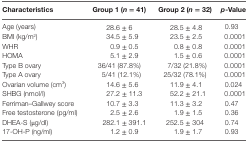
<table><thead><tr><td><b>Characteristics</b></td><td><b>Group 1 (<i>n</i> = 41)</b></td><td><b>Group 2 (<i>n</i> = 32)</b></td><td><b><i>p</i>-Value</b></td></tr></thead><tbody><tr><td>Age (years)</td><td>28.6 ± 6</td><td>28.5 ± 4.8</td><td>0.93</td></tr><tr><td>BMI (kg/m<sup>2</sup>)</td><td>34.5 ± 5.9</td><td>23.5 ± 2.5</td><td>0.0001</td></tr><tr><td>WHR</td><td>0.9 ± 0.5</td><td>0.8 ± 0.8</td><td>0.0001</td></tr><tr><td>HOMA</td><td>5.1 ± 2.9</td><td>1.5 ± 0.6</td><td>0.0001</td></tr><tr><td>Type B ovary</td><td>36/41 (87.8%)</td><td>7/32 (21.8%)</td><td>0.0001</td></tr><tr><td>Type A ovary</td><td>5/41 (12.1%)</td><td>25/32 (78.1%)</td><td>0.0001</td></tr><tr><td>Ovarian volume (cm<sup>3</sup>)</td><td>14.6 ± 5.6</td><td>11.9 ± 4.1</td><td>0.024</td></tr><tr><td>SHBG (nmol/l)</td><td>27.2 ± 11.3</td><td>52.2 ± 21.1</td><td>0.0001</td></tr><tr><td>Ferriman–Gallwey score</td><td>10.7 ± 3.3</td><td>11.3 ± 3.2</td><td>0.47</td></tr><tr><td>Free testosterone (pg/ml)</td><td>2.5 ± 2.6</td><td>1.9 ± 1.5</td><td>0.36</td></tr><tr><td>DHEA-S (μg/dl)</td><td>282.1 ± 391.1</td><td>252.5 ± 304</td><td>0.74</td></tr><tr><td>17-OH-P (ng/ml)</td><td>1.2 ± 0.9</td><td>1.9 ± 1.7</td><td>0.93</td></tr></tbody></table>